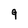
Character: 9